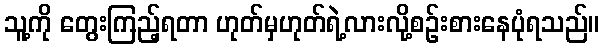
သူ့ကို တွေးကြည့်ရတာ ဟုတ်မှဟုတ်ရဲ့လားလို့စဉ်းစားနေပုံရသည်။